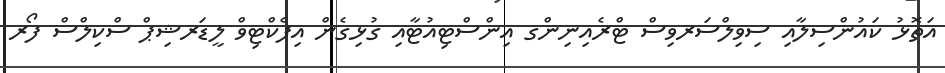
އަތޮޅު ކައުންސިލާއި ސިވިލްސަރވިސް ޓްރެއިނިންގ އިންސްޓިއުޓާއި ގުޅިގެން އިފެކްޓިވް ލީޑަރޝިޕް ސްކިލްސް ފޯރ